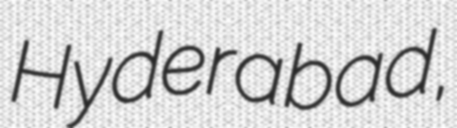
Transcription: Hyderabad,